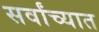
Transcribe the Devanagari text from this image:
सर्वांच्यात